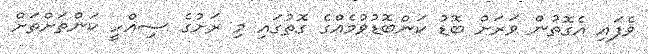
ވެފައި އެގޮތުން ވަރަށް ބޮޑު ކަންބޮޑުވުމެއްގެ ގޮތުގައި މި ރަށުގެ ސިއްހީ ކަންތަށްތަށް